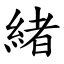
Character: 緒